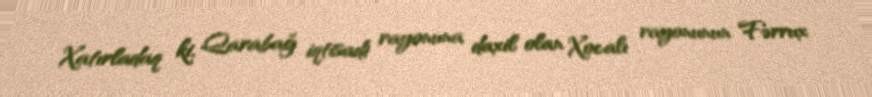
Xatırladaq ki, Qarabağ iqtisadi rayonuna daxil olan Xocalı rayonunun Fərrux